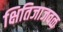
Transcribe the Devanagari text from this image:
क्षितिजाजवळ